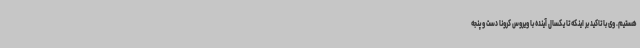
هستیم. وی با تاکید بر اینکه تا یکسال آینده با ویروس کرونا دست و پنجه